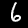
Digit: 6